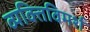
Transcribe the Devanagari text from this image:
व्यक्तिविमर्श